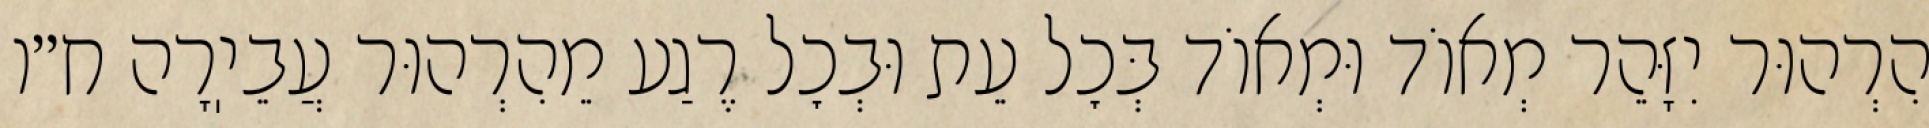
הִרְהוּר יִזָּהֵר מְאוֹד וּמְאוֹד בְּכׇל עֵת וּבְכׇל רֶגַע מֵהִרְהוּר עֲבֵיֽרָה ח״ו